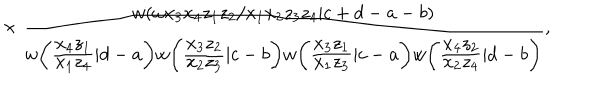
{ } ~ \times \frac { w ( \omega x _ { 3 } x _ { 4 } z _ { 1 } z _ { 2 } / x _ { 1 } x _ { 2 } z _ { 3 } z _ { 4 } | c + d - a - b ) } { w \bigg ( \frac { \displaystyle x _ { 4 } z _ { 1 } } { \displaystyle x _ { 1 } z _ { 4 } } | d - a \bigg ) w \bigg ( \frac { \displaystyle x _ { 3 } z _ { 2 } } { \displaystyle x _ { 2 } z _ { 3 } } | c - b \bigg ) w \bigg ( \frac { \displaystyle x _ { 3 } z _ { 1 } } { \displaystyle x _ { 1 } z _ { 3 } } | c - a \bigg ) w \bigg ( \frac { \displaystyle x _ { 4 } z _ { 2 } } { \displaystyle x _ { 2 } z _ { 4 } } | d - b \bigg ) } ,